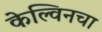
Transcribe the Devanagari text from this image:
केल्विनचा